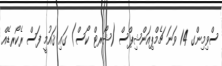
ސްވިމިންގ 14 ވަނަ ޗެމްޕިއަންޝިޕްސް (ޝޯރޓް ކޯސް) ގައި ޤައުމީ ފަސް ރެކޯރޑެއް